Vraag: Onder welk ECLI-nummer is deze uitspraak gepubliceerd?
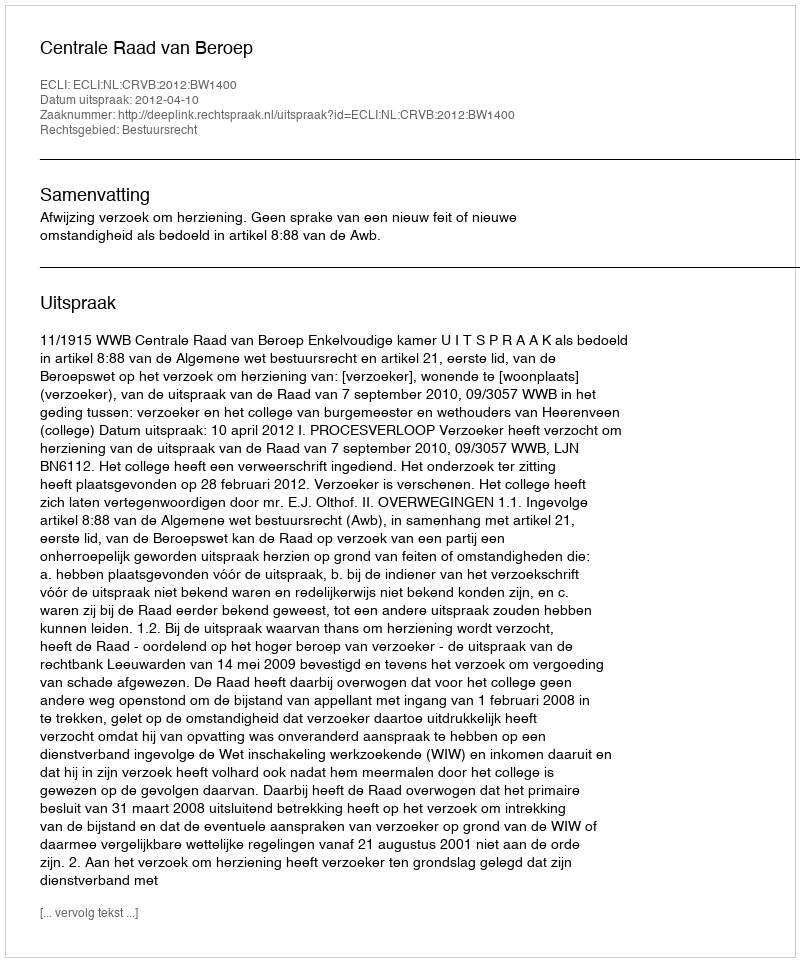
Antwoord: ECLI:NL:CRVB:2012:BW1400